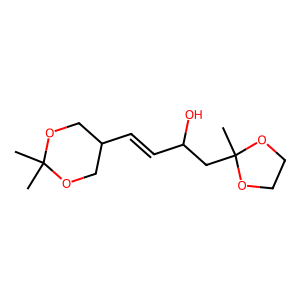
SMILES: CC1(C)OCC(C=CC(O)CC2(C)OCCO2)CO1
Inhibits HIV replication: No